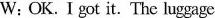
W: OK. I got it. The luggage